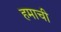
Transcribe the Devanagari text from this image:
हमाची